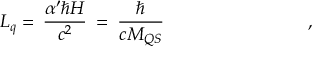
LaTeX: L _ { q } = \: \frac { \alpha ^ { \prime } \hbar H } { c ^ { 2 } } \: = \: \frac { \hbar } { c M _ { Q S } } \qquad \qquad \qquad \qquad ,